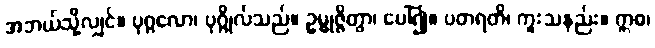
အဘယ်သို့လျှင်။ ပုဂ္ဂလော၊ ပုဂ္ဂိုလ်သည်။ ဥမ္မုဇ္ဇိတွာ၊ ပေါ်၍။ ပတရတိ၊ ကူးသနည်း။ ဣဓ၊